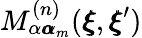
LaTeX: M_{\alpha{\pmb\alpha}_{m}}^{(n)}({\pmb\xi},{\pmb\xi}^{\prime})